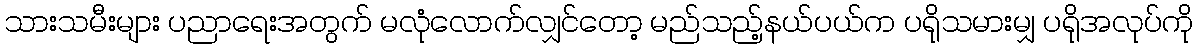
သားသမီးများ ပညာရေးအတွက် မလုံလောက်လျှင်တော့ မည်သည့်နယ်ပယ်က ပရိုသမားမျှ ပရိုအလုပ်ကို